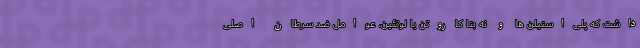
داشت که پلی‌استیلن ها و نه بتا کاروتن یا لوتئین، عوامل ضد سرطان اصلی